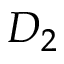
D _ { 2 }